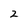
Character: 2